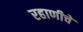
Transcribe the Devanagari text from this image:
रहाणीचे